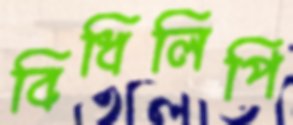
বিধিলিপি